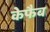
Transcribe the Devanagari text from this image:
केफैब